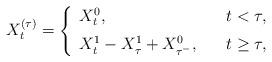
LaTeX: \begin{align*}X_t^{(\tau)}=\left\{\begin{array}{ll} X_t^0, \quad& t<\tau,\medskip\\X_t^1-X_{\tau}^1+X^0_{\tau^-}, \quad& t\geq\tau, \end{array}\right. \end{align*}